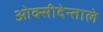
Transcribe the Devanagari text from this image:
ओक्सीदेन्ताले